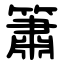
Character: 簫